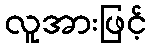
လူအားဖြင့်